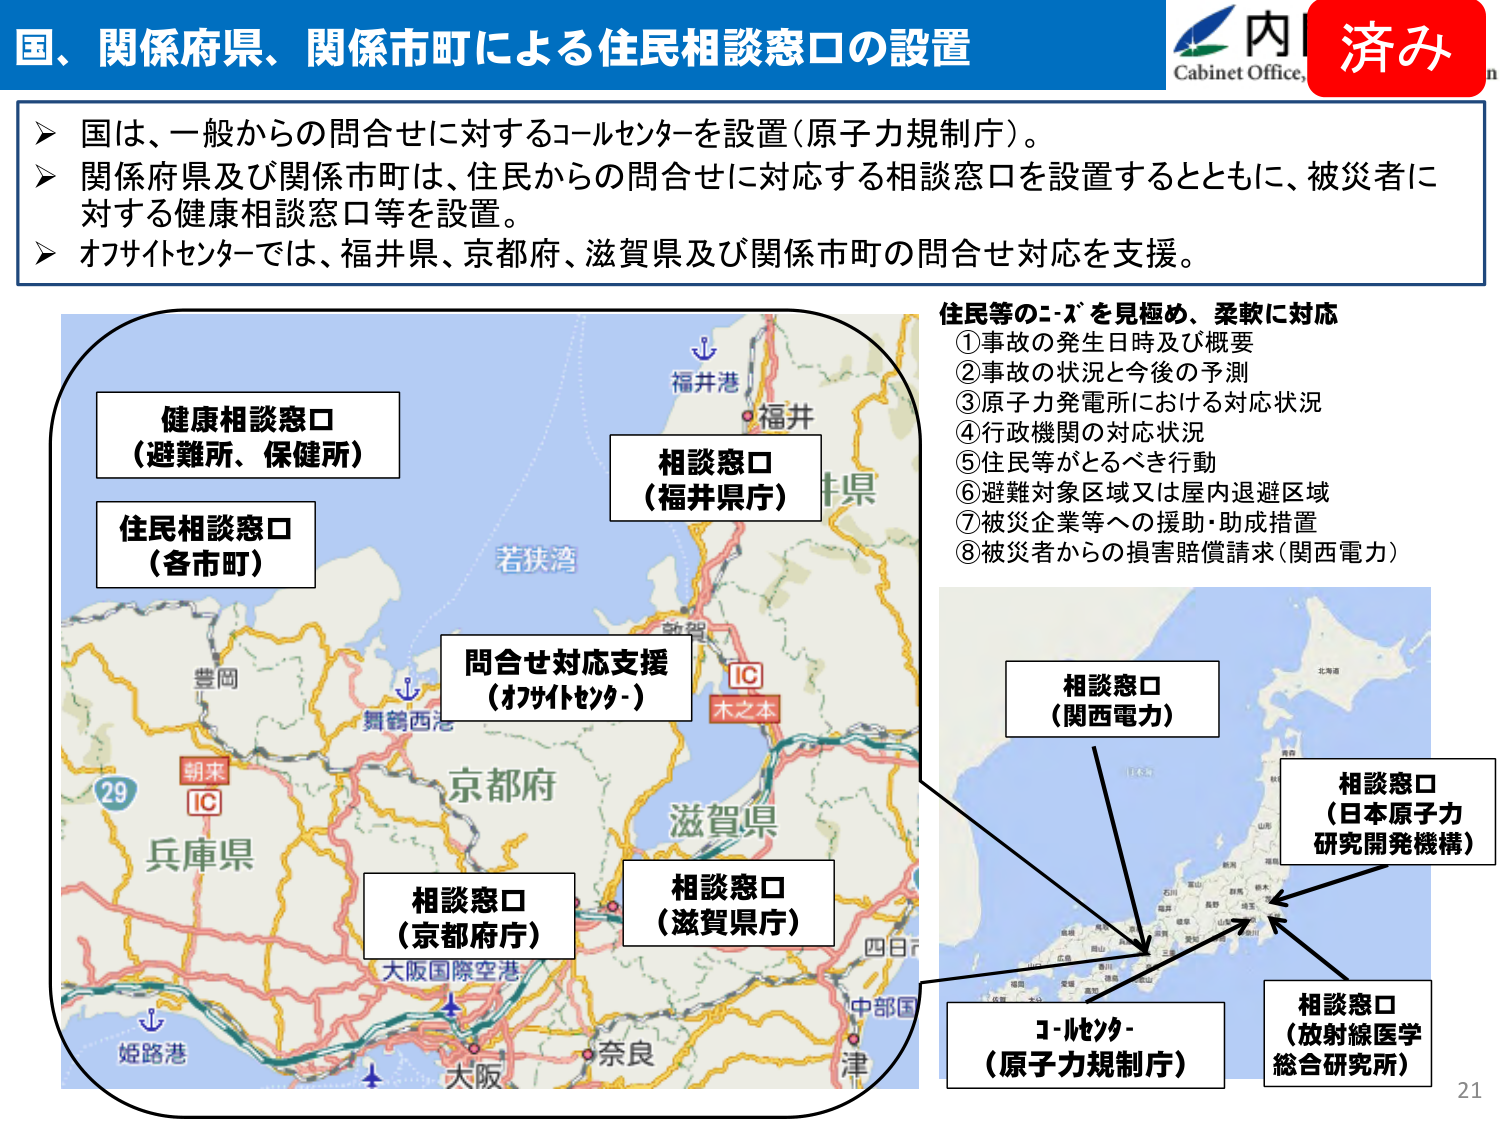
国、関係府県、関係市町による住民相談窓口の設置

国は、一般からの問合せに対するコールセンターを設置（原子力規制庁）。
関係府県及び関係市町は、住民からの問合せに対応する相談窓口を設置するとともに、被災者に対する健康相談窓口等を設置。
オフサイトセンターでは、福井県、京都府、滋賀県及び関係市町の問合せ対応を支援。

健康相談窓口
（避難所、保健所）

住民相談窓口
（各市町）

問合せ対応支援
（オフサイトセンター）

相談窓口
（福井県庁）

相談窓口
（京都府庁）

相談窓口
（滋賀県庁）

住民等のニーズを見極め、柔軟に対応
①事故の発生日時及び概要
②事故の状況と今後の予測
③原子力発電所における対応状況
④行政機関の対応状況
⑤住民等がとるべき行動
⑥避難対象区域又は屋内退避区域
⑦被災企業等への援助・助成措置
⑧被災者からの損害賠償請求（関西電力）

相談窓口
（関西電力）

相談窓口
（日本原子力研究開発機構）

相談窓口
（放射線医学総合研究所）

コールセンター
（原子力規制庁）

内閣府
Cabinet Office.
済み

福井港
福井
若狭湾
豊岡
舞鶴西港
朝来
IC
29
兵庫県
京都府
滋賀県
大阪国際空港
奈良
大阪
姫路港
木之本
IC
四日市
中部国
津
北海道
東北
関東
甲信越
北陸
東海
近畿
中国
四国
九州
沖縄
石川
富山
福井
新潟
山形
秋田
山梨
長野
岐阜
愛知
三重
和歌山
奈良
大阪
兵庫
岡山
広島
山口
徳島
香川
愛媛
高知
福岡
佐賀
長崎
熊本
大分
宮崎
鹿児島
沖縄

21